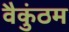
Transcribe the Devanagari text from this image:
वैकुंठम